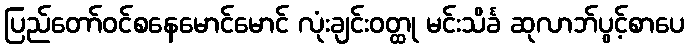
ပြည်တော်ဝင်စနေမောင်မောင် လုံးချင်းဝတ္ထု မင်းသိင်္ခ ဆုလာဘ်ပွင့်စာပေ